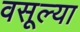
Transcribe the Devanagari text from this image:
वसूल्या